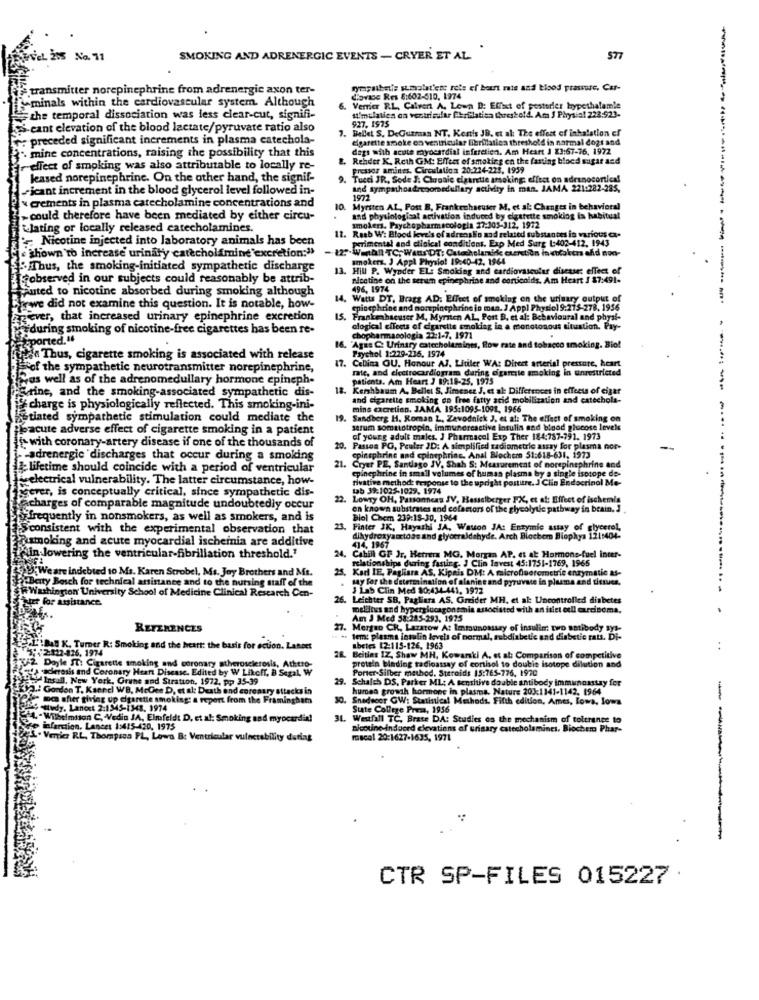
EL 205 No. 71
SMOKING AND ADRENERGIC EVENTS - CRYER ET AL.
577
transmitter norepinephrine from adrenergic axon ter-
rymsalbris smolat'en; rots ef bour mis and blood pressure, Car-
"minals within the cardiovascular system. Although
dovase Res 8:602-510, 1974
6.
Verrier R.L, Calvert A. Lown D: Effect of pesterler hypethalamle
the temporal dissociation was less clear-cut, signifi-
927. 1975
I'mulaties on ventricular Chrilation threshold. Ama J Phrysia! 228.923.
3.cant elevation of the blood lactate/pyruvate ratio also
7. Bellet S. DeGutman NT. Kentis JD. et al: The effect of inhalation ef
: preceded significant increments in plasma catechola-
cigarette smoke on ventricular fibrillation threshold in normal dogs and
mine concentrations, raising the possibility that this
degs with acute myocardial inferetien. Am Heart J 23:67-76, 1972
&. Rehder K. Reth GM: Effect of smoking en the fasting bloed sugar and
reflect of smoking was also attributable to locally re-
Fretsor amines. Circulation 20:224-225, 1959
leased norepinephrine. On the other hand, the signif-
9. Tucci JR, Sode J. Chronie cigarette smoking effect on adesnocortical
icant increment in the blood glycerol level followed in-
and sympahoadrenomedullary activity in man. JAMA 221:282-285,
1972
cements in plasma catecholamine concentrations and
10. Myrsten AL, Post B. Frankenhaeuser M. et al: Changes in behavioral
could therefore have been mediated by either circu-
and physiologisat activation induced by elestette smoklog la habitual
Jating or locally released catecholamines.
12. Raab W: Blood leve's of adrenalin and related substances in various ex.
smokers. Psychopharmacologla 17:303-312, 1972
Nicotine injected into laboratory animals has been
perimental and clinical conditions. Exp Med Surg 1:402-412, 1943
- 12 :. Wend!l TC. Wens DT: Catecholandre cseretian in chokers afd non-
shown to increase urinary catecholimine excretion:">
smokers. J Appl Physio! 19:40-42. 1964
Thus, the smoking-initiated sympathetic discharge
13. Hill P. Wynder EL: Smoking and cardiovascular disease: effect of
[cobserved in our subjects could reasonably be attrib-
Nicotine on the serun epinephrine and corticoids. Am Heart J 87:491-
auted to nicotine absorbed during smoking although
496, 1974
14. Watts DT, Brass AD: Effect of smoking on the urinary output of
Frewe did not examine this question. It is notable, how-
epinephrine and nomepinephrine in man. J Appl Physiol 9:215-278, 1936
ever, that increased urinary epinephrine excretion
15. Frankenhaeuser M, Myrsten AL, Port B, et al: Behavioural and physi-
IS.
during smoking of nicotine-free cigarettes has been re-
ological effects of cigarette smoking in a monotonous situation. Pay-
ported.“
chopharmacologia 22:1-7, 1971
oking. Bio!
Psychol 1:229-236. 1974
"Agas C. Urinary catecholaminus, flow rate and to
fede Thus, cigarette smoking is associated with release
17. Cellina OU. Honour AJ. Litiler WA: Direct arterial pressure, heart
"of the sympathetic neurotransmitter norepinephrine,
in unrestricted
as well as of the adrenomedullary hormone epineph-
rate, and electrocardiogram during cigaretle amo
patients. Am Heart J 89:18-25. 1973
urine, and the smoking-associated sympathetic dis-
18.
Kershbaum A. Bellet S, Jimenez J. et al: Differences in effects of cigar
and cigarette smoking on free fatty acid mobilization and catechola-
f charge is physiologically reflected. This smoking-ini-
mins excretion. JAMA 195:1095-1091, 1966
stiated sympathetic stimulation could mediate the
Sandberg H. Roman L. Zavodnick J. et al: The effect of smoking on
eacute adverse effect of cigarette smoking in a patient
serum somatotropin, immunoreactive intulis and blood glucose levels
of yourg adult males. J Pharmacol Exp Ther 184:787-791. 1973
with coronary-artery disease if one of the thousands of
Passes PO, Peuler ID: A simplified radiometric assay for plasma nor-
adrenergic discharges that occur during a smoking
epinephrine and epinephrine. Anal Blochern 51:618-631, 1973
Ilifetime should coincide with a period of ventricular
Cryer PE, Santiago JV, Shah S: Measurement of norepinephrine and
epinephrine in small volumes of human plasma by a single isotope do-
electrical vulnerability. The latter circumstance, how-
rivative method: response to the upright posture. J Clin Endocrinol Mo-
gever, is conceptually critical, since sympathetic dis-
tab 391025-1029. 1974
22. Lowry OH, Passonneas JV, Hasselberger FX, et al: Effect of ischemia
charges of comparable magnitude undoubtedly occur
en known substrates and cofactors of the glycolytic pathway in brain. J
"frequently in nonsmokers, as well as smokers, and is
Biol Chem 239:19-30, 1964
Sconsistent with the experimental observation that
23.
Finter JK, Hayashi JA, Wason JA: Entymic astay of glycerol,
Asmoking and acute myocardial ischeinia are additive
dihydroxyamtoas and glyceraldehyde. Arch Blocbem Biophys 121:404-
414. 1967
Psin lowering the ventricular-fibrillation threshold."
24. Cahill GF Jr, Herrera MG. Morgan AP. et at Hormone-fuel inter-
relationships during fasting. J Clin Invest 45:1751-1769, 1965
25. Kad IE, Pagliara AS, Kipais DM: A microfluorometrie enzymatic as-
Baty Bosch for technical aninance and to the nursing staff of the
U[We are indebted to Ms. Karen Strobel, Ms. Joy Brothers and Ms.
say for the determination of alanine and pyruvate in plusma and titrucs.
"Washington University School of Medicine Clinical Research Cen-
J Lab Clin Med 80:434-441, 1972
btet for ausi
assistance.
26. Leichter SB, Pagliara AS, Gnider MH, et al: Uncontrolled diabetes
mellitus and hyperglucagonemia associated with an isiet cell carcinoma.
Am J Med 58:285-293, 1975
REFERENCES
27.
27. Mergeo CR. Lazarow A: Immunomary of insulin: two antibody sys-
.. + tem: plasma insulin levels of normal, subdiabetic and diabetic rats. Di-
-822-826, 1974
K. Turner R: Smoking and the heart: the basis for action. Laneet
abetes 12:115-126, 1963
.+
Beitins IZ, Shaw MH, Kowarski A. et al: Comparison of competitive
protein blading tadioassay of cortisol to double isotope dilution and
Doyle ST: Cigarette smoking and coronary atherosclerosis, Athero-
sclerosis and Coronary Heart Disease. Edited by W Likoff, B SezaL, W
Portct-Silber method. Steroids 15:765-776, 1970
Insall, New York, Grune and Stratton, 1972, pp 35-39
Schalth DS. Parker ML; A sensitive double antibody immunoassay for
Gordon T. Kanncl WB, McGee D, et al: Death and coronary attacks in
humea growth hormone in plasma. Nature 201:1141-1142, 1964
be shier giving up dyanetie smoking: & report from the Framingham
! Methods. Fifth edition, Ames, Iowa, lowa
Hudy. Lancet 2:1345-1348. 1974
State College Prem, 1956
Wilhelmsson C, Vedio JA, Elmfeldt D, et al: Smoking and myocardin!
31. Westfall TC. Brate DA: Studies os the mechanism of tolerance to
infarction. Lancet 1:415-420, 1975
nicotine Induced clevations of urisary catecholamines. Biochem Phar-
Vertics RL, Thompsca PL, Lowa B: Ventricular vulnerability datiag
macal 20:1627-1635, 1971
CTR SP-FILES 015227 .